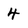
Character: 4